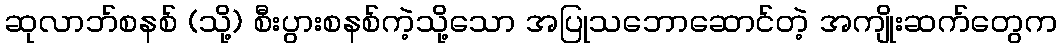
ဆုလာဘ်စနစ် (သို့) စီးပွားစနစ်ကဲ့သို့သော အပြုသဘောဆောင်တဲ့ အကျိုးဆက်တွေက